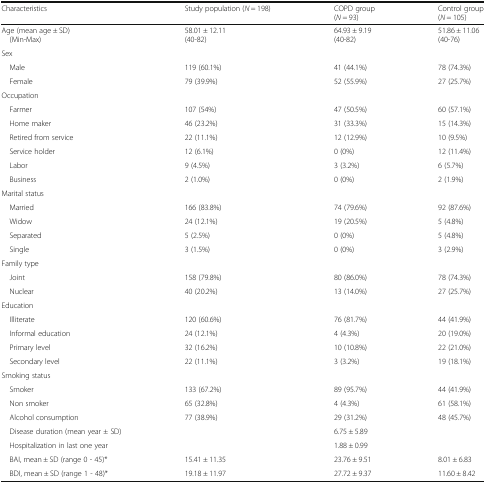
<table><thead><tr><td><b>Characteristics</b></td><td><b>Study population (<i>N</i> = 198)</b></td><td><b>COPD group (<i>N</i> = 93)</b></td><td><b>Control group (<i>N</i> = 105)</b></td></tr></thead><tbody><tr><td>Age (mean age ± SD) (Min-Max)</td><td>58.01 ± 12.11(40-82)</td><td>64.93 ± 9.19(40-82)</td><td>51.86 ± 11.06(40-76)</td></tr><tr><td colspan="4">Sex</td></tr><tr><td> Male</td><td>119 (60.1%)</td><td>41 (44.1%)</td><td>78 (74.3%)</td></tr><tr><td> Female</td><td>79 (39.9%)</td><td>52 (55.9%)</td><td>27 (25.7%)</td></tr><tr><td colspan="4">Occupation</td></tr><tr><td> Farmer</td><td>107 (54%)</td><td>47 (50.5%)</td><td>60 (57.1%)</td></tr><tr><td> Home maker</td><td>46 (23.2%)</td><td>31 (33.3%)</td><td>15 (14.3%)</td></tr><tr><td> Retired from service</td><td>22 (11.1%)</td><td>12 (12.9%)</td><td>10 (9.5%)</td></tr><tr><td> Service holder</td><td>12 (6.1%)</td><td>0 (0%)</td><td>12 (11.4%)</td></tr><tr><td> Labor</td><td>9 (4.5%)</td><td>3 (3.2%)</td><td>6 (5.7%)</td></tr><tr><td> Business</td><td>2 (1.0%)</td><td>0 (0%)</td><td>2 (1.9%)</td></tr><tr><td colspan="4">Marital status</td></tr><tr><td> Married</td><td>166 (83.8%)</td><td>74 (79.6%)</td><td>92 (87.6%)</td></tr><tr><td> Widow</td><td>24 (12.1%)</td><td>19 (20.5%)</td><td>5 (4.8%)</td></tr><tr><td> Separated</td><td>5 (2.5%)</td><td>0 (0%)</td><td>5 (4.8%)</td></tr><tr><td> Single</td><td>3 (1.5%)</td><td>0 (0%)</td><td>3 (2.9%)</td></tr><tr><td colspan="4">Family type</td></tr><tr><td> Joint</td><td>158 (79.8%)</td><td>80 (86.0%)</td><td>78 (74.3%)</td></tr><tr><td> Nuclear</td><td>40 (20.2%)</td><td>13 (14.0%)</td><td>27 (25.7%)</td></tr><tr><td colspan="4">Education</td></tr><tr><td> Illiterate</td><td>120 (60.6%)</td><td>76 (81.7%)</td><td>44 (41.9%)</td></tr><tr><td> Informal education</td><td>24 (12.1%)</td><td>4 (4.3%)</td><td>20 (19.0%)</td></tr><tr><td> Primary level</td><td>32 (16.2%)</td><td>10 (10.8%)</td><td>22 (21.0%)</td></tr><tr><td> Secondary level</td><td>22 (11.1%)</td><td>3 (3.2%)</td><td>19 (18.1%)</td></tr><tr><td colspan="4">Smoking status</td></tr><tr><td> Smoker</td><td>133 (67.2%)</td><td>89 (95.7%)</td><td>44 (41.9%)</td></tr><tr><td> Non smoker</td><td>65 (32.8%)</td><td>4 (4.3%)</td><td>61 (58.1%)</td></tr><tr><td> Alcohol consumption</td><td>77 (38.9%)</td><td>29 (31.2%)</td><td>48 (45.7%)</td></tr><tr><td> Disease duration (mean year ± SD)</td><td></td><td>6.75 ± 5.89</td><td></td></tr><tr><td> Hospitalization in last one year</td><td></td><td>1.88 ± 0.99</td><td></td></tr><tr><td> BAI, mean ± SD (range 0 - 45)*</td><td>15.41 ± 11.35</td><td>23.76 ± 9.51</td><td>8.01 ± 6.83</td></tr><tr><td> BDI, mean ± SD (range 1 - 48)*</td><td>19.18 ± 11.97</td><td>27.72 ± 9.37</td><td>11.60 ± 8.42</td></tr></tbody></table>